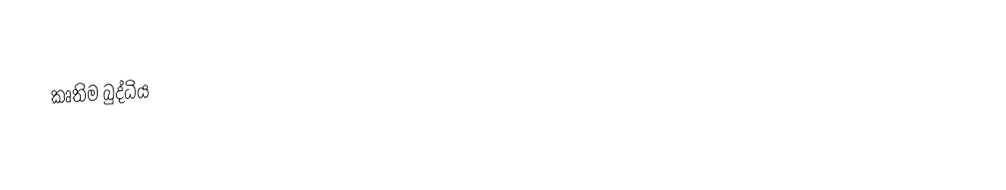
කෘතිම බුද්ධිය